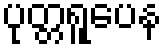
ပုတ္တရူပေန